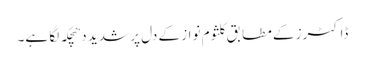
ڈاکٹرز کے مطابق کلثوم نواز کے دل پر شدید دھچکہ لگا ہے۔